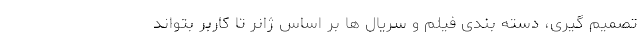
تصمیم گیری، دسته بندی فیلم و سریال ها بر اساس ژانر تا کاربر بتواند